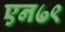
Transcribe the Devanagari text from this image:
एन७९